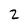
Character: 2